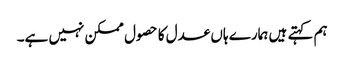
ہم کہتے ہیں ہمارے ہاں عدل کا حصول ممکن نہیں ہے۔